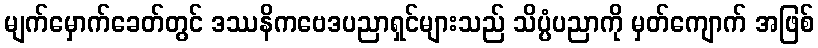
မျက်မှောက်ခေတ်တွင် ဒဿနိကဗေဒပညာရှင်များသည် သိပ္ပံပညာကို မှတ်ကျောက် အဖြစ်